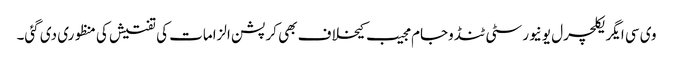
وی سی ایگریکلچرل یونیورسٹی ٹنڈوجام مجیب کیخلاف بھی کرپشن الزامات کی تفتیش کی منظوری دی گئی۔